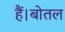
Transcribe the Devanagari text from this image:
हैं।बोतल